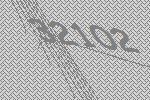
32102